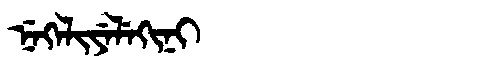
Manchu: ᠨᡝᡴᡝᠯᡳᠶᡝᠯᡝᡴᡳᠨᡳ
Romanization: NEKELIYELEKINI